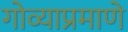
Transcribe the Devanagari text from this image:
गोव्याप्रमाणे